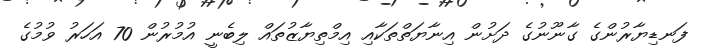
ފަނޑިޔާރުންގެ ގާނޫނުގެ ދަށުން އިނާޔަތްތަކާއި އިމްތިޔާޒުތައް ލިބެނީ އުމުރުން 70 އަހަރު ވުމުގެ